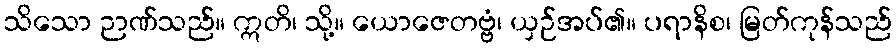
သိသော ဉာဏ်သည်။ ဣတိ၊ သို့။ ယောဇေတဗ္ဗံ၊ ယှဉ်အပ်၏။ ပရာနိစ၊ မြတ်ကုန်သည်